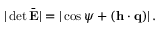
| \operatorname* { d e t } \bar { \bf E } | = | \cos \psi + ( { \bf h } \cdot { \bf q } ) | \, .